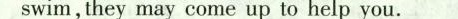
swim,they may come up to help you.